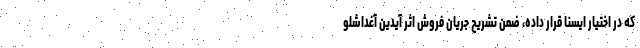
که در اختیار ایسنا قرار داده، ضمن تشریح جریان فروش اثر آیدین آغداشلو